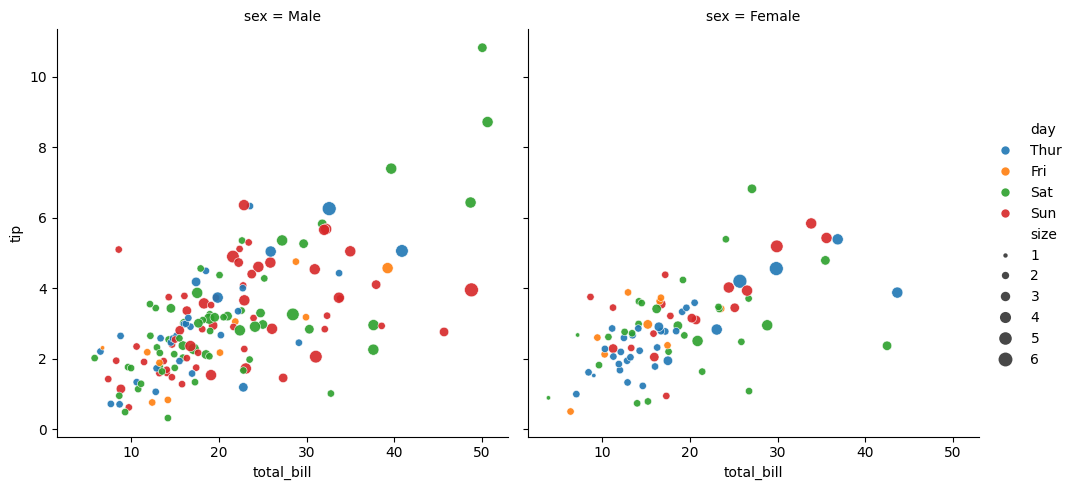
python, seaborn, relplot, alpha=0.9